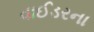
વાઈડરના